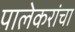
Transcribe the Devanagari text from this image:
पालेकरांचा